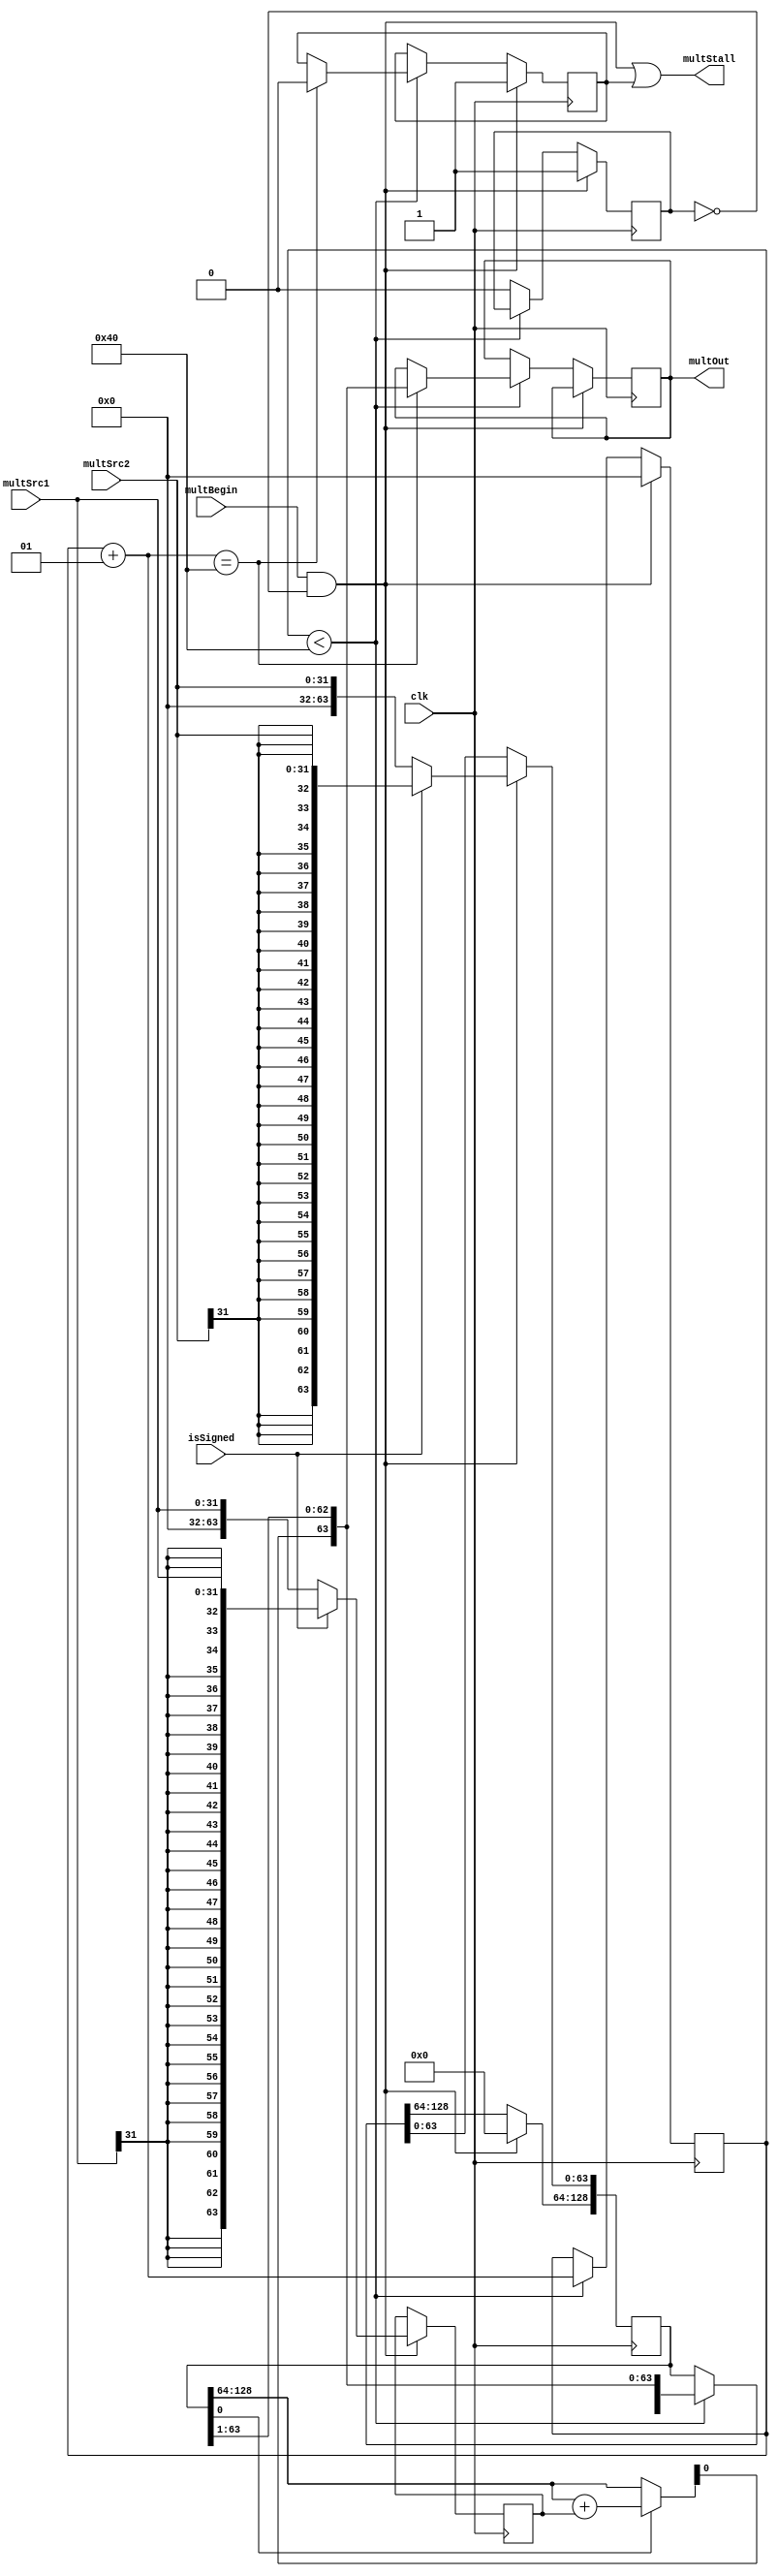
module multUnit #(
    parameter width = 32
) (
    input clk, isSigned, multBegin,
    input [width-1:0] multSrc1, multSrc2,
    output multStall,
    output reg [width*2 - 1:0] multOut
);

wire start;
reg [width*2-1:0] srcTemp1;
reg [width*4:0] sTemp;
reg busy = 0, stall = 0;

integer i;

assign start = multBegin & ~busy;
assign multStall = start | stall;

always @(posedge clk ) 
begin

    if(start)
    begin
        i <= 0;
        busy <= 1;
        stall <= 1;
        sTemp[width*4:width*2] <= {(width*4-width*2+1){1'b0}};

        if(isSigned)
        begin
            srcTemp1[width*2-1:0] <= {{width{multSrc1[width-1]}}, multSrc1[width-1:0]};
            sTemp[width*2-1:0] <= {{width{multSrc2[width-1]}}, multSrc2[width-1:0]};
        end

        else
        begin
            srcTemp1[width*2-1:0] <= {{width{1'b0}}, multSrc1[width-1:0]};
            sTemp[width*2-1:0] <= {{width{1'b0}}, multSrc2[width-1:0]};
        end
    end

    else if (i < 64) 
    begin
        i = i + 1;
        if(sTemp[0]) sTemp[width*4:width*2] = sTemp[width*4:width*2] + srcTemp1[width*2-1:0];
        sTemp = sTemp >> 1;
        if(i == 64) 
        begin
            stall <= 0;
            multOut <= sTemp[width*2-1:0];
        end
    end

    else 
        busy <= 0;

end

endmodule